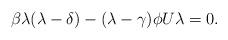
LaTeX: \begin{align*}\beta\lambda(\lambda-\delta)-(\lambda-\gamma)\phi U\lambda=0.\end{align*}